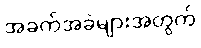
အခက်အခဲများအတွက်